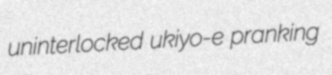
uninterlocked ukiyo-e pranking